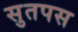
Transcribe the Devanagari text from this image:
सुतपस